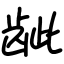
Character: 龇